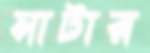
সাটার